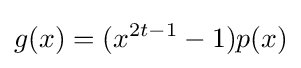
g(x)=(x^{2t-1}-1)p(x)